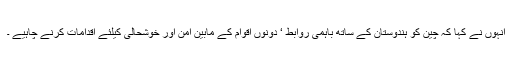
انہوں نے کہا کہ چین کو ہندوستان کے ساتھ باہمی روابط ‘ دونوں اقوام کے مابین امن اور خوشحالی کیلئے اقدامات کرنے چاہیے ۔